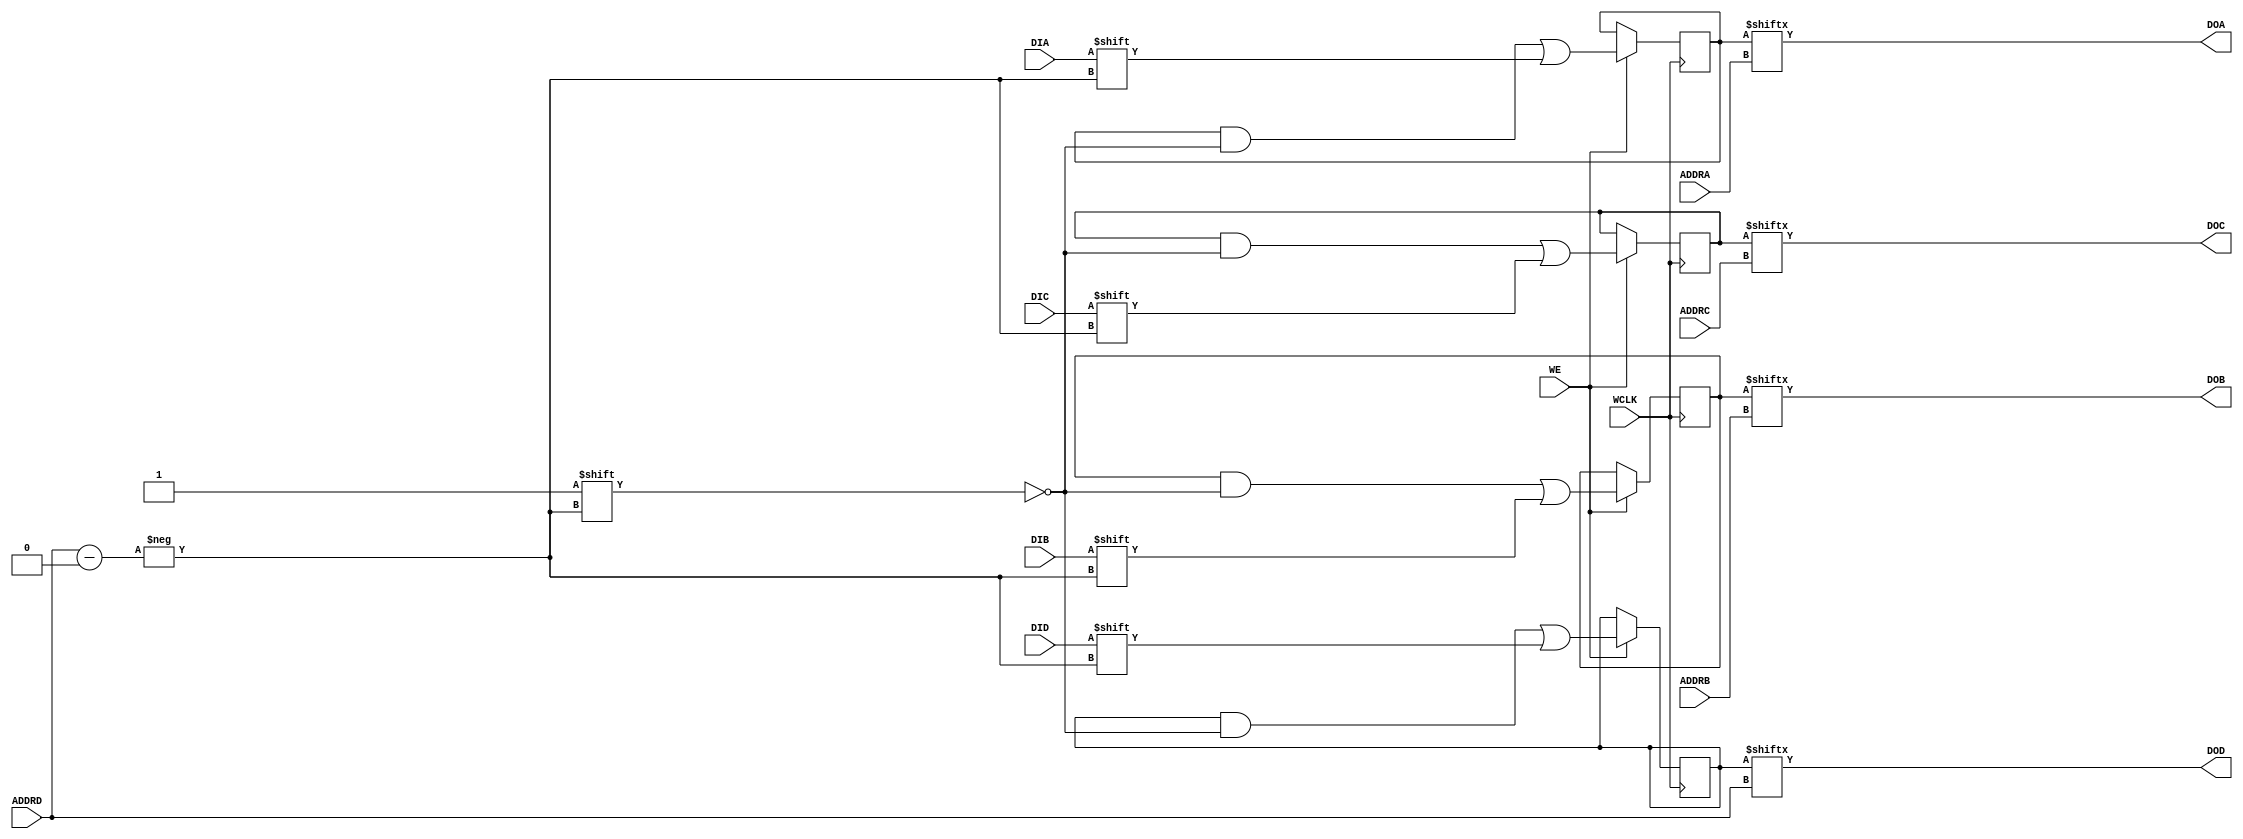
`ifdef verilator3
`else
`timescale 1 ps / 1 ps
`endif
//
// RAM64M primitive for Xilinx FPGAs
// Compatible with Verilator tool (www.veripool.org)
// Copyright (c) 2019-2022 Frdric REQUIN
// License : BSD
//

module RAM64M
#(
    parameter  [63:0] INIT_A           = 64'h0,
    parameter  [63:0] INIT_B           = 64'h0,
    parameter  [63:0] INIT_C           = 64'h0,
    parameter  [63:0] INIT_D           = 64'h0,
    parameter   [0:0] IS_WCLK_INVERTED = 1'b0
)
(
    // Write clock
    input  wire       WCLK,
    // Write enable
    input  wire       WE,
    // Port A
    input  wire [5:0] ADDRA,
    input  wire       DIA,
    output wire       DOA,
    // Port B
    input  wire [5:0] ADDRB,
    input  wire       DIB,
    output wire       DOB,
    // Port C
    input  wire [5:0] ADDRC,
    input  wire       DIC,
    output wire       DOC,
    // Port D
    input  wire [5:0] ADDRD,
    input  wire       DID,
    output wire       DOD
);
    // 64 x 4-bit Select RAM
    reg  [63:0] _r_mem_a;
    reg  [63:0] _r_mem_b;
    reg  [63:0] _r_mem_c;
    reg  [63:0] _r_mem_d;
    
    // Power-up value
    initial begin : INIT_STATE
        _r_mem_a = INIT_A;
        _r_mem_b = INIT_B;
        _r_mem_c = INIT_C;
        _r_mem_d = INIT_D;
    end
    
    // Synchronous memory write
    generate
        if (IS_WCLK_INVERTED) begin : GEN_WCLK_NEG
            always @(negedge WCLK) begin : MEM_WRITE
            
                if (WE) begin
                    _r_mem_a[ADDRD] <= DIA;
                    _r_mem_b[ADDRD] <= DIB;
                    _r_mem_c[ADDRD] <= DIC;
                    _r_mem_d[ADDRD] <= DID;
                end
            end
        end
        else begin : GEN_WCLK_POS
            always @(posedge WCLK) begin : MEM_WRITE
            
                if (WE) begin
                    _r_mem_a[ADDRD] <= DIA;
                    _r_mem_b[ADDRD] <= DIB;
                    _r_mem_c[ADDRD] <= DIC;
                    _r_mem_d[ADDRD] <= DID;
                end
            end
        end
    endgenerate
    
    // Asynchronous memory read
    assign DOA = _r_mem_a[ADDRA];
    assign DOB = _r_mem_b[ADDRB];
    assign DOC = _r_mem_c[ADDRC];
    assign DOD = _r_mem_d[ADDRD];

endmodule